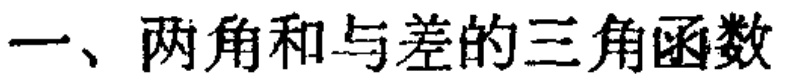
一、两角和与差的三角函数